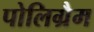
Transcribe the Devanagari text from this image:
पोलिग्रैम